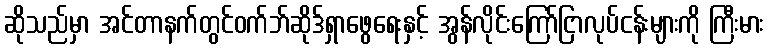
ဆိုသည်မှာ အင်တာနက်တွင်ဝက်ဘ်ဆိုဒ်ရှာဖွေရေးနှင့် အွန်လိုင်းကြော်ငြာလုပ်ငန်းများကို ကြီးမား